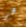
هو